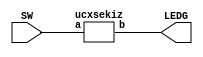
module threeToEightDecoder(SW, LEDG);
input [2:0] SW;
output [7:0] LEDG;
ucxsekiz decoder(SW, LEDG);
endmodule

module ucxsekiz(a, b);
input [2:0] a;
output [7:0] b;

assign b[0] = ~a[2] & ~a[1] & ~a[0];
assign b[1] = ~a[2] & ~a[1] & a[0];
assign b[2] = ~a[2] & a[1] & ~a[0];
assign b[3] = ~a[2] & a[1] & a[0];
assign b[4] = a[2] & ~a[1] & ~a[0];
assign b[5] = a[2] & ~a[1] & a[0];
assign b[6] = a[2] & a[1] & ~a[0];
assign b[7] = a[2] & a[1] & a[0];
endmodule//6:39 PM 30-Mar-18